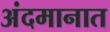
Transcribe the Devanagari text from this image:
अंदमानात